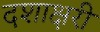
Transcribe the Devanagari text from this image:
दशाक्षरी